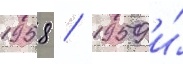
1958 / 1959 и́